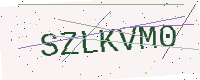
Text: SZLKVM0